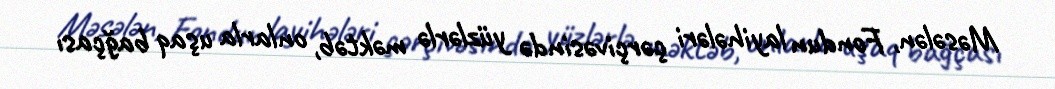
Məsələn, Fondun layihələri çərçivəsində yüzlərlə məktəb, onlarla uşaq bağçası